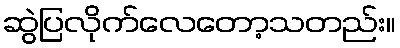
ဆွဲပြလိုက်လေတော့သတည်း။